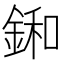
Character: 𨨛